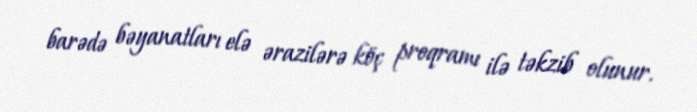
barədə bəyanatları elə ərazilərə köç proqramı ilə təkzib olunur.